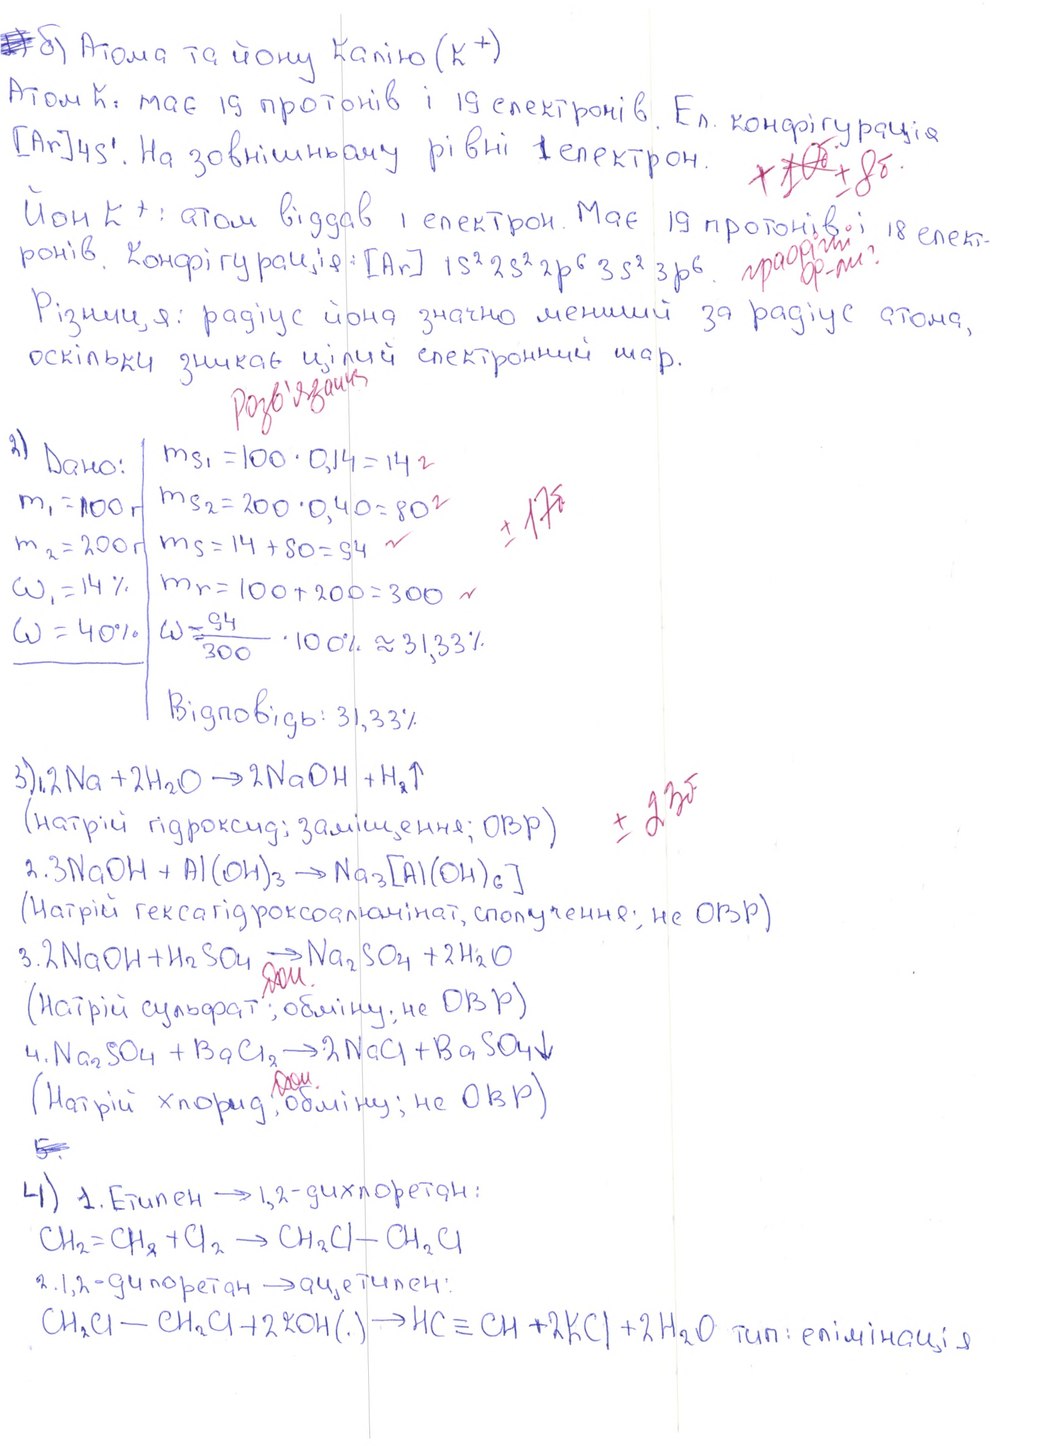
~~2)~~б) Атома та йону Калію (K+)
Атом K: має 19 протонів і 19 електронів. Ел. конфігурація
[Ar] 4s¹. На зовнішньому рівні 1 електрон.
~~+10б~~
+8б
Йон K+: атом віддав 1 електрон. Має 19 протонів і 18 елект-
графічні ф-ли?
ронів. Конфігурація: [Ar] 1s2 2s2 2p6 3s2 3p6
Різниця: радіус йона значно менший за радіус атома,
оскільки зникає цілий електронний шар.
Розв'язаня
\begin{array}{l|l} 2) \text{ Дано:} & m_{s_1} = 100 \cdot 0,14 = 14 \text{ г} \\ m_1 = 100 \text{ г} & m_{s_2} = 200 \cdot 0,40 = 80 \text{ г} \\ m_2 = 200 \text{ г} & m_s = 14 + 80 = 94 \\ \omega_1 = 14\% & m_r = 100 + 200 = 300 \\ \omega = 40\% & \omega = \frac{94}{300} \cdot 100\% \approx 31,33\% \\ \hline \end{array}
+17б
Відповідь: 31,33%
3) 2Na + 2H_2O \to 2NaOH + H_2 \uparrow
+23б
(натрій гідроксид; заміщення; ОВР
2. 3NaOH + Al(OH)3 → Na3[Al(OH)6]
(Натрій гексагідроксоалюмінат, сполучення; не ОВР)
3. 2NaOH + H_2SO_4 \to Na_2SO_4 + 2H_2O
Доп
(Натрій сульфат; обміну; не ОВР)
4. Na_2SO_4 + BaCl_2 \to 2NaCl + BaSO_4 \downarrow
Доп
(Натрій хлорид, обміну; не ОВР)
~~5~~
4) 1. Етилен → 1,2-дихлоретан:
CH_2 = CH_2 + Cl_2 \to CH_2Cl - CH_2Cl
2. 1,2-дихлоретан → ацетилен:
CH_2Cl - CH_2Cl + 2KOH(.) \to HC \equiv CH + 2KCl + 2H_2O тип: елемінація